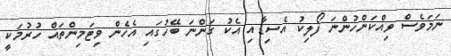
ނަމަވެސް ވިއްކަންހުންނަ ފޯލިކު އެސިޑާއި އެކު ގަންނަ ބޭހުގައި އެހެން ވިޓަމިންތައް ހުރުމަކީ